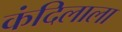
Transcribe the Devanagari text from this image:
कंदिलाला